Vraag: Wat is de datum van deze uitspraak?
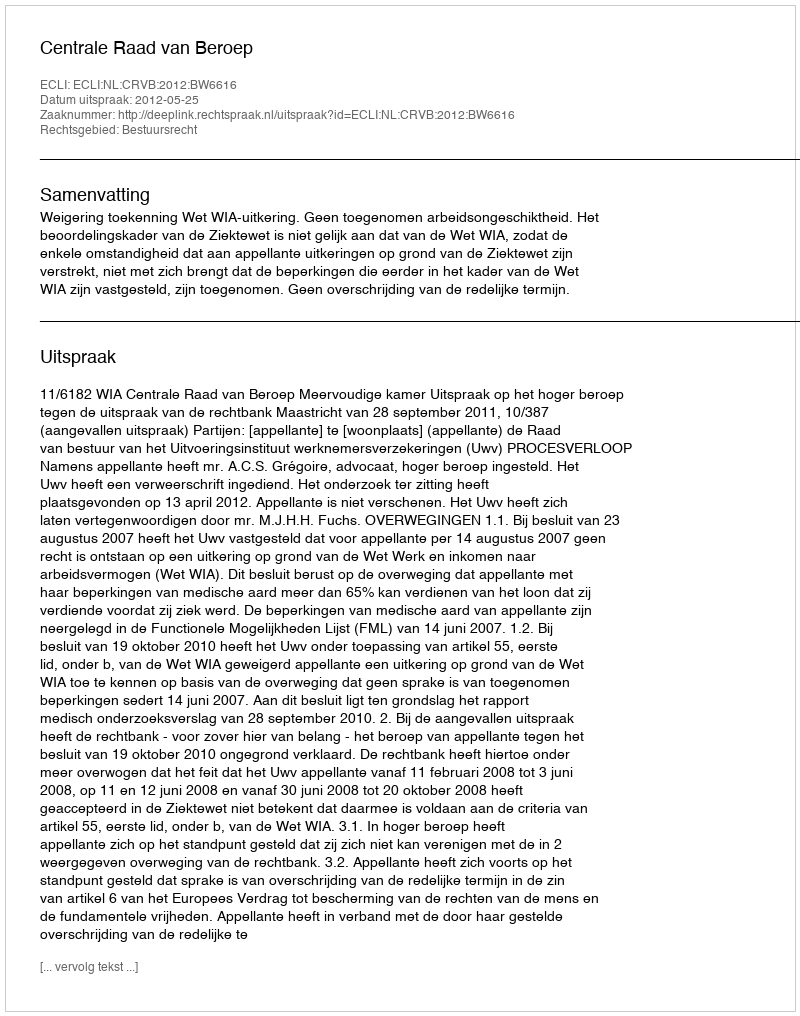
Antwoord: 2012-05-25